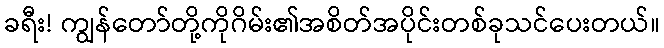
ခရီး! ကျွန်တော်တို့ကိုဂိမ်း၏အစိတ်အပိုင်းတစ်ခုသင်ပေးတယ်။